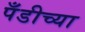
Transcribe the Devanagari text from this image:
पँडीच्या